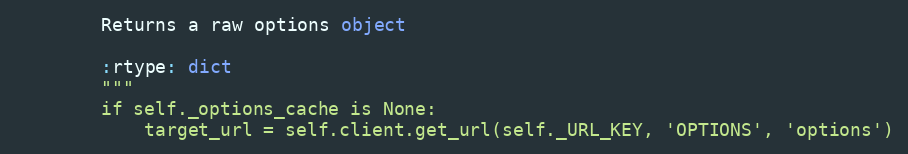
Language: Python
        Returns a raw options object

        :rtype: dict
        """
        if self._options_cache is None:
            target_url = self.client.get_url(self._URL_KEY, 'OPTIONS', 'options')